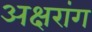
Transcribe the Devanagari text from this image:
अक्षरांग